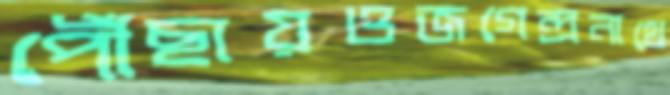
পৌঁছায়ওজগেন্দ্রনাথে